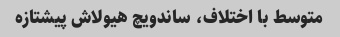
متوسط با اختلاف، ساندویچ هیولاش پیشتازه